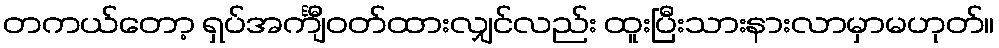
တကယ်တော့ ရှပ်အင်္ကျီဝတ်ထားလျှင်လည်း ထူးပြီးသားနားလာမှာမဟုတ်။